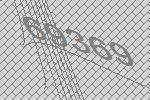
69369